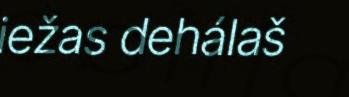
iežas dehálaš